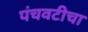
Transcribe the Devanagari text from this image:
पंचवटीचा